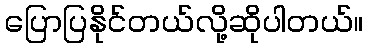
ပြောပြနိုင်တယ်လို့ဆိုပါတယ်။